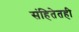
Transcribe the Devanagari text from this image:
संहितेतही